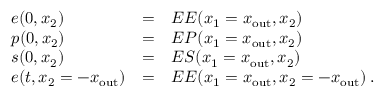
\begin{array} { l l l } { e ( 0 , x _ { 2 } ) } & { = } & { E E ( x _ { 1 } = x _ { \mathrm { o u t } } , x _ { 2 } ) } \\ { p ( 0 , x _ { 2 } ) } & { = } & { E P ( x _ { 1 } = x _ { \mathrm { o u t } } , x _ { 2 } ) } \\ { s ( 0 , x _ { 2 } ) } & { = } & { E S ( x _ { 1 } = x _ { \mathrm { o u t } } , x _ { 2 } ) } \\ { e ( t , x _ { 2 } = - x _ { \mathrm { o u t } } ) } & { = } & { E E ( x _ { 1 } = x _ { \mathrm { o u t } } , x _ { 2 } = - x _ { \mathrm { o u t } } ) \: . } \end{array}